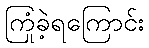
ကြုံခဲ့ရကြောင်း